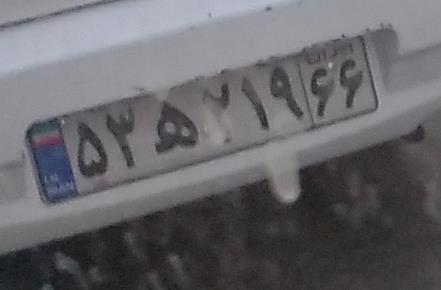
۵۲ه۲۱۹۶۶